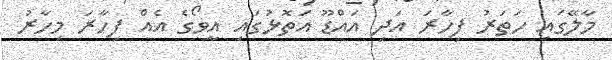
މާލޭގައި ހަތަރު ފިހާރަ އަދި އައްޑޫ އަތޮޅުގައި އީވޯގެ އެއް ފިހާރަ މިހާރު